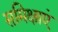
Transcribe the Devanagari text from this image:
समिक्षाएं